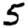
Digit: 5